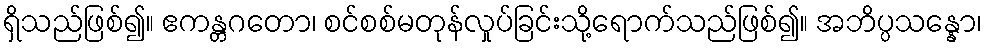
ရှိသည်ဖြစ်၍။ ဧကန္တဂတော၊ စင်စစ်မတုန်လှုပ်ခြင်းသို့ရောက်သည်ဖြစ်၍။ အဘိပ္ပသန္နော၊